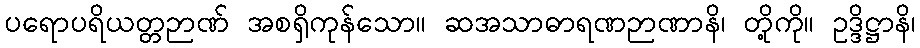
ပရောပရိယတ္တဉာဏ် အစရှိကုန်သော။ ဆအသာဓာရဏဉာဏာနိ၊ တို့ကို။ ဥဒ္ဒိဋ္ဌာနိ၊